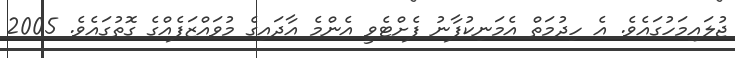
ޖުލައިމަހުގައެވެ. އެ ހިދުމަތް އެމަނިކުފާނު ފެށްޓެވީ އެންމެ އާދައިގެ މުވައްޒަފެއްގެ ގޮތުގައެވެ. 2005